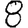
Digit: 8